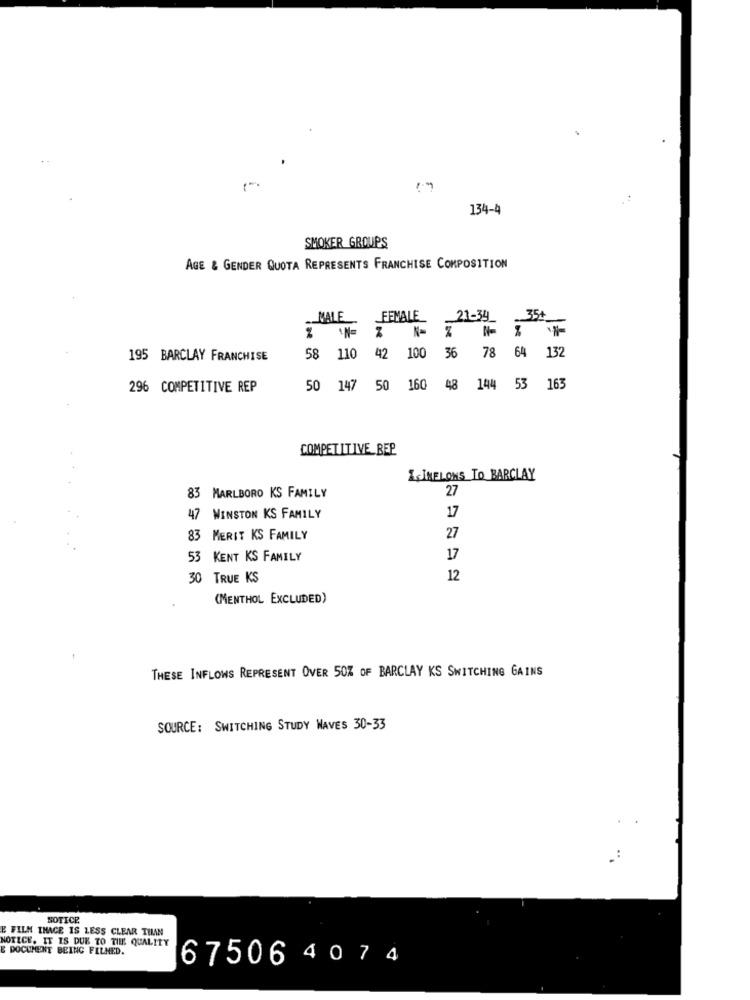
134-4
SMOKER GROUPS
AGE & GENDER QUOTA REPRESENTS FRANCHISE COMPOSITION
.MALE
FEMALE
_21-34
35
IN=
42 100
195 BARCLAY FRANCHISE
58 110
36 78 64 132
296 COMPETITIVE REP
50 147 50 160
48 144 53 163
COMPETITIVE REP
LJMELONS TO BARCLAY
27
83 MARLBORO KS FAMILY
17
47 WINSTON KS FAMILY
27
83 MERIT KS FAMILY
53 KENT KS FAMILY
17
30 TRUE KS
12
(MENTHOL EXCLUDED)
THESE INFLOWS REPRESENT OVER 50% OF BARCLAY KS SWITCHING GAINS
SOURCE: SWITCHING STUDY WAVES 30-33
.:
NOTICE
E FILM IMAGE IS LESS CLEAR THAN
NOTICE. IT IS DUE TO THE QUALITY
E DOCUMENT BEING FILMED.
67506 4074